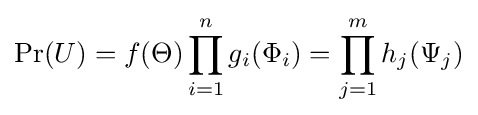
\Pr(U)=f(\Theta )\prod _{i=1}^{n}g_{i}(\Phi _{i})=\prod _{j=1}^{m}h_{j}(\Psi _{j})